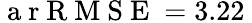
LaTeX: \mathrm{~a~r~R~M~S~E~}=3.22\